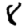
Digit: 8